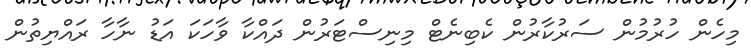
މިހެން ހުރުމުން ސަރުކާރުން ކެބިނެޓް މިނިސްޓަރުން ދައްކާ ވާހަކަ އަޑު ނާހާ ރައްޔިތުން